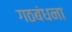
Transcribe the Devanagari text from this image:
गठबंधना